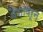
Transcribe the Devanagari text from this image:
पैशावरून